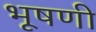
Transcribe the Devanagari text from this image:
भूषणी